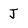
Character: J